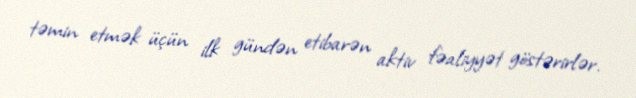
təmin etmək üçün ilk gündən etibarən aktiv fəaliyyət göstərirlər.